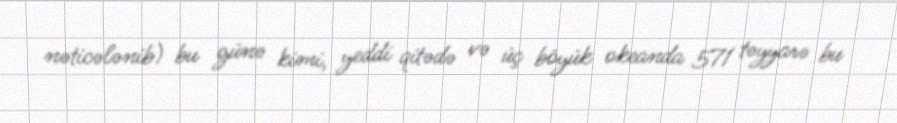
nəticələnib) bu günə kimi, yeddi qitədə və üç böyük okeanda 571 təyyarə bu